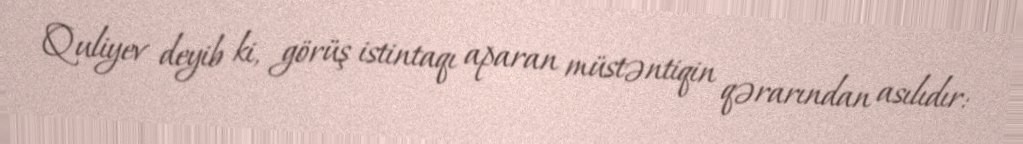
Quliyev deyib ki, görüş istintaqı aparan müstəntiqin qərarından asılıdır: